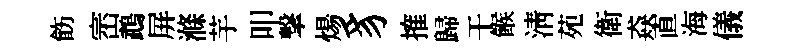
飭崈鵡屏滌芋叩撃煬豸搉歸干餱清苑衛猋直海儀